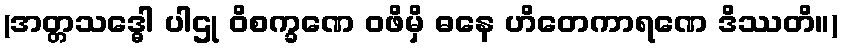
(အတ္တသဒ္ဓေါ ပါဌု ဝိစက္ခဏေ ဝဖိမှိ ဓနေ ဟိတေကာရဏေ ဒိဿတိ။)